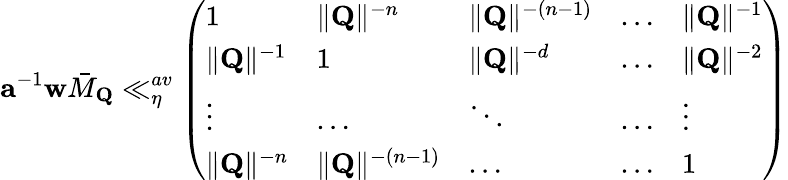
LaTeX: \mathbf{a}^{-1}\mathbf{w}\bar{M}_{\mathbf{Q}}\ll_{\eta}^{av}\left(\begin{array}{lllll}{1}&{\Vert\mathbf{Q}\Vert^{-n}}&{\Vert\mathbf{Q}\Vert^{-(n-1)}}&{\dots}&{\Vert\mathbf{Q}\Vert^{-1}}\\ {\Vert\mathbf{Q}\Vert^{-1}}&{1}&{\Vert\mathbf{Q}\Vert^{-d}}&{\dots}&{\Vert\mathbf{Q}\Vert^{-2}}\\ {\vdots}&{\dots}&{\ddots}&{\dots}&{\vdots}\\ {\Vert\mathbf{Q}\Vert^{-n}}&{\Vert\mathbf{Q}\Vert^{-(n-1)}}&{\dots}&{\dots}&{1}\end{array}\right)